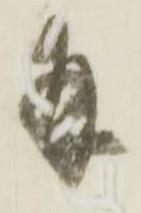
幷